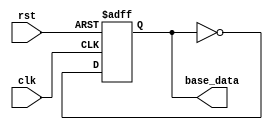
module Base_Gen(
    input clk,
    input rst,
    output base_data
);


reg base_data_reg;


assign base_data = base_data_reg;

always@(posedge clk or negedge rst)
begin
    if(!rst)
    begin
        base_data_reg <= 1'd0;
    end
    else begin
    base_data_reg <= base_data_reg ^ 1'd1;  //clk
    end
end



endmodule